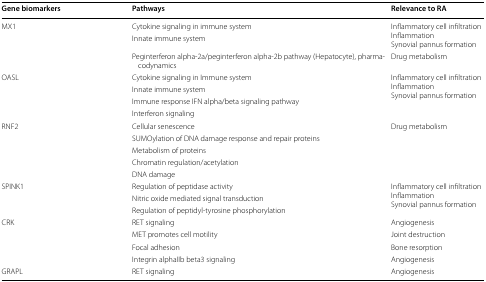
<table><thead><tr><td><b>Gene biomarkers</b></td><td><b>Pathways</b></td><td><b>Relevance to RA</b></td></tr></thead><tbody><tr><td rowspan="3">MX1</td><td>Cytokine signaling in immune system</td><td rowspan="2">Inflammatory cell infiltrationInflammationSynovial pannus formation</td></tr><tr><td>Innate immune system</td></tr><tr><td>Peginterferon alpha-2a/peginterferon alpha-2b pathway (Hepatocyte), pharmacodynamics</td><td>Drug metabolism</td></tr><tr><td rowspan="4">OASL</td><td>Cytokine signaling in Immune system</td><td rowspan="4">Inflammatory cell infiltrationInflammationSynovial pannus formation</td></tr><tr><td>Innate immune system</td></tr><tr><td>Immune response IFN alpha/beta signaling pathway</td></tr><tr><td>Interferon signaling</td></tr><tr><td rowspan="5">RNF2</td><td>Cellular senescence</td><td rowspan="5">Drug metabolism</td></tr><tr><td>SUMOylation of DNA damage response and repair proteins</td></tr><tr><td>Metabolism of proteins</td></tr><tr><td>Chromatin regulation/acetylation</td></tr><tr><td>DNA damage</td></tr><tr><td rowspan="3">SPINK1</td><td>Regulation of peptidase activity</td><td rowspan="3">Inflammatory cell infiltrationInflammationSynovial pannus formation</td></tr><tr><td>Nitric oxide mediated signal transduction</td></tr><tr><td>Regulation of peptidyl-tyrosine phosphorylation</td></tr><tr><td rowspan="4">CRK</td><td>RET signaling</td><td>Angiogenesis</td></tr><tr><td>MET promotes cell motility</td><td>Joint destruction</td></tr><tr><td>Focal adhesion</td><td>Bone resorption</td></tr><tr><td>Integrin alphaIIb beta3 signaling</td><td>Angiogenesis</td></tr><tr><td>GRAPL</td><td>RET signaling</td><td>Angiogenesis</td></tr></tbody></table>